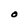
Character: O